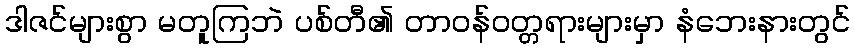
ဒါဇင်များစွာ မတူကြဘဲ ပစ်တီ၏ တာဝန်ဝတ္တရားများမှာ နံဘေးနားတွင်